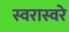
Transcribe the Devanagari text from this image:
स्वरास्वरे